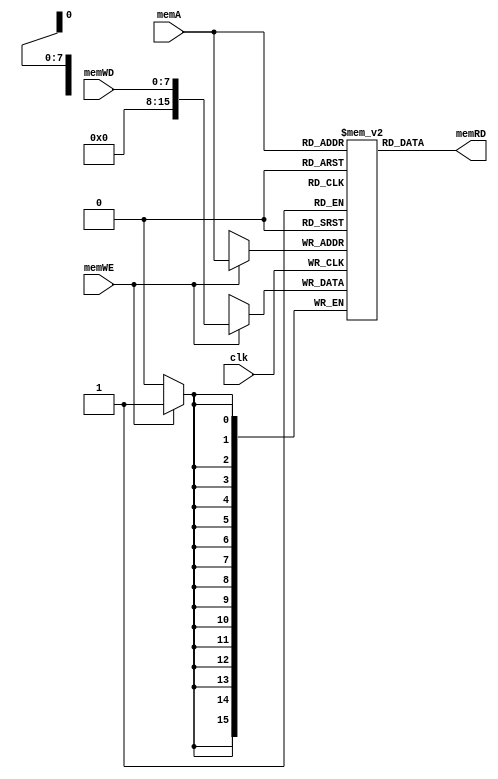
//DATA MEMORY

 module InstDataMemMC  
 (  	// input ports
      input                clk,  
      input     [7:0]      memA,//memory address according to the address write or read occur    
      input     [7:0]      memWD,//memory write data, it specifies the memory data which can be written  
      input                memWE,//memory write enable  
      // output port 
      output    [15:0]      memRD  
 );  
      
		
      reg 		 [15:0] 		 DATAmem  [255:0]; 	
		
		//also maximum PC value is 252
		//however PC values are 0-4-8...252
		//memWD values are extended to 16 bits 
		//initialize the memory
	
		integer i;  
      initial 
		  begin  
//instructionMemory initialization
//we have 16 bits in the memORY it is used instruction
//instructions
					DATAmem[0]	<=  16'b0000_0000_0000_0000;
					DATAmem[4]	<=  16'b0000_0000_0000_0000;
					DATAmem[8]	<=  16'b0000_0000_0000_0000;
					DATAmem[12]	<=  16'b0000_0000_0000_0000;
					DATAmem[16]	<=  16'b0000_0000_0000_0000;
					DATAmem[20]	<=  16'b0000_0000_0000_0000;
					DATAmem[24]	<=  16'b0000_0000_0000_0000;
					DATAmem[28]	<=  16'b0000_0000_0000_0000;
					DATAmem[32]	<=  16'b0000_0000_0000_0000;
					DATAmem[36]	<=  16'b0000_0000_0000_0000;
					DATAmem[40]	<=  16'b0000_0000_0000_0000;
					DATAmem[44]	<=  16'b0000_0000_0000_0000;
					DATAmem[48]	<=  16'b0000_0000_0000_0000;
					DATAmem[52]	<=  16'b0000_0000_0000_0000;
					DATAmem[56]	<=  16'b0000_0000_0000_0000;
					DATAmem[60]	<=  16'b0000_0000_0000_0000;
					DATAmem[64]	<=  16'b0000_0000_0000_0000;
					DATAmem[68]	<=  16'b0000_0000_0000_0000;
					DATAmem[72]	<=  16'b0000_0000_0000_0000;
					DATAmem[76]	<=  16'b0000_0000_0000_0000;
					DATAmem[80]	<=  16'b0000_0000_0000_0000;
					DATAmem[84]	<=  16'b0000_0000_0000_0000;
					DATAmem[88]	<=  16'b0000_0000_0000_0000;
					DATAmem[92]	<=  16'b0000_0000_0000_0000;
					DATAmem[96]	<=  16'b0000_0000_0000_0000;
					DATAmem[100]	<=  16'b0000_0000_0000_0000;
					DATAmem[104]	<=  16'b0000_0000_0000_0000;
					DATAmem[108]	<=  16'b0000_0000_0000_0000;
					DATAmem[112]	<=  16'b0000_0000_0000_0000;
					DATAmem[116]	<=  16'b0000_0000_0000_0000;
					DATAmem[120]	<=  16'b0000_0000_0000_0000;
					DATAmem[124]	<=  16'b0000_0000_0000_0000;
					DATAmem[128]	<=  16'b0000_0000_0000_0000;
					DATAmem[132]	<=  16'b0000_0000_0000_0000;
					DATAmem[136]	<=  16'b0000_0000_0000_0000;
					DATAmem[140]	<=  16'b0000_0000_0000_0000;
					DATAmem[100]	<=  16'b0000_0000_0000_0000;
					DATAmem[104]	<=  16'b0000_0000_0000_0000;
					DATAmem[108]	<=  16'b0000_0000_0000_0000;
					DATAmem[112]	<=  16'b0000_0000_0000_0000;
					DATAmem[116]	<=  16'b0000_0000_0000_0000;
					DATAmem[120]	<=  16'b0000_0000_0000_0000;
					DATAmem[124]	<=  16'b0000_0000_0000_0000;
					DATAmem[128]	<=  16'b0000_0000_0000_0000;
					DATAmem[132]	<=  16'b0000_0000_0000_0000;
					DATAmem[136]	<=  16'b0000_0000_0000_0000;
					DATAmem[140]	<=  16'b0000_0000_0000_0000;
					DATAmem[100]	<=  16'b0000_0000_0000_0000;
					DATAmem[104]	<=  16'b0000_0000_0000_0000;
					DATAmem[108]	<=  16'b0000_0000_0000_0000;
					DATAmem[112]	<=  16'b0000_0000_0000_0000;
					DATAmem[116]	<=  16'b0000_0000_0000_0000;
					DATAmem[120]	<=  16'b0000_0000_0000_0000;
					DATAmem[124]	<=  16'b0000_0000_0000_0000;
					DATAmem[128]	<=  16'b0000_0000_0000_0000;
					DATAmem[132]	<=  16'b0000_0000_0000_0000;
					DATAmem[136]	<=  16'b0000_0000_0000_0000;
					DATAmem[140]	<=  16'b0000_0000_0000_0000;
					DATAmem[144]	<=  16'b0000_0000_0000_0000;
					DATAmem[148]	<=  16'b0000_0000_0000_0000;
					DATAmem[152]	<=  16'b0000_0000_0000_0000;
					DATAmem[156]	<=  16'b0000_0000_0000_0000;
					DATAmem[160]	<=  16'b0000_0000_0000_0000;
					DATAmem[164]	<=  16'b0000_0000_0000_0000;
					DATAmem[168]	<=  16'b0000_0000_0000_0000;
					DATAmem[172]	<=  16'b0000_0000_0000_0000;
					DATAmem[176]	<=  16'b0000_0000_0000_0000;
					DATAmem[180]	<=  16'b0000_0000_0000_0000;
					DATAmem[184]	<=  16'b0000_0000_0000_0000;
					DATAmem[188]	<=  16'b0000_0000_0000_0000;
					DATAmem[192]	<=  16'b0000_0000_0000_0000;
					DATAmem[196]	<=  16'b0000_0000_0000_0000;
					DATAmem[200]	<=  16'b0000_0000_0000_0000;
					DATAmem[204]	<=  16'b0000_0000_0000_0000;
					DATAmem[208]	<=  16'b0000_0000_0000_0000;
					DATAmem[212]	<=  16'b0000_0000_0000_0000;
					DATAmem[216]	<=  16'b0000_0000_0000_0000;
					DATAmem[220]	<=  16'b0000_0000_0000_0000;
					DATAmem[224]	<=  16'b0000_0000_0000_0000;
					DATAmem[228]	<=  16'b0000_0000_0000_0000;
					DATAmem[232]	<=  16'b0000_0000_0000_0000;
					DATAmem[236]	<=  16'b0000_0000_0000_0000;
					DATAmem[240]	<=  16'b0000_0000_0000_0000;
					DATAmem[244]	<=  16'b0000_0000_0000_0000;
					DATAmem[248]	<=  16'b0000_0000_0000_0000;
					DATAmem[252]	<=  16'b0000_0000_0000_0000;
					
					
					
//data memory initialization
//data initialization
//instructions at the 0 4 8 12 ... 252 therefore others can be assigned randomly
           for(i=0;i<256;i=i+1)  
			  begin
					if(i%3'd4!=0)
						begin
							DATAmem[i] <= i; 
						end
			  end
                
		  end  
			/*	
		initial begin
		$readmemh("memory.txt",DATAmem,0,255);
		end 
					*/
    

		//memory write operation
      always @(posedge clk) begin  
           if (memWE)  
			  begin
                DATAmem[memA] <= {8'b0,memWD};//extended value is stored the memory 
			  end 
      end 
		
      assign memRD = DATAmem[memA]; //it provides the data which is specified by the address  
		
 endmodule